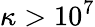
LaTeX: \kappa>10^{7}